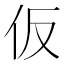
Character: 仮